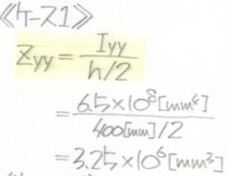
\[
\begin{align*}
\bar{z}_{yy}&=\frac{I_{yy}}{h/2}\\
&=\frac{6.5\times10^{8}[mm^{6}]}{400[mm]/2}\\
&=3.25\times10^{6}[mm^{3}]
\end{align*}
\]